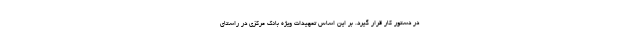
در دستور کار قرار گیرد. بر این اساس تمهیدات ویژه بانک مرکزی در راستای